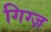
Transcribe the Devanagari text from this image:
गिग्ज़